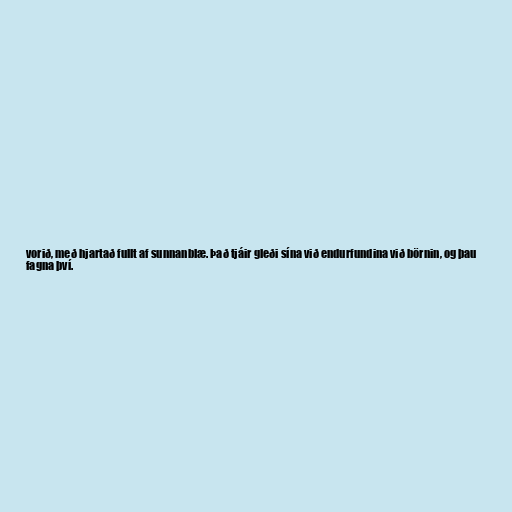
vorið, með hjartað fullt af sunnanblæ. Það tjáir gleði sína við endurfundina við börnin, og þau
fagna því.